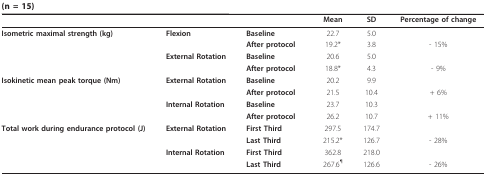
|  |  |  | Mean | SD | Percentage of change |
 | --- | --- | --- | --- | --- | --- |
 | Isometric maximal strength (kg) | Flexion | Baseline | 22.7 | 5.0 |  |
 |  |  | After protocol | 19.2* | 3.8 | - 15% |
 |  | External Rotation | Baseline | 20.6 | 5.0 |  |
 |  |  | After protocol | 18.8* | 4.3 | - 9% |
 | Isokinetic mean peak torque (Nm) | External Rotation | Baseline | 20.2 | 9.9 |  |
 |  |  | After protocol | 21.5 | 10.4 | + 6% |
 |  | Internal Rotation | Baseline | 23.7 | 10.3 |  |
 |  |  | After protocol | 26.2 | 10.7 | + 11% |
 | Total work during endurance protocol (J) | External Rotation | First Third | 297.5 | 174.7 |  |
 |  |  | Last Third | 215.2* | 126.7 | - 28% |
 |  | Internal Rotation | First Third | 362.8 | 218.0 |  |
 |  |  | Last Third | 267.6¶ | 126.6 | - 26% |